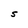
Character: S